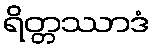
ရိတ္တဿာဒံ